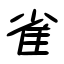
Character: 雀